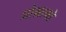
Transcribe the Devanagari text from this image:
प्रोग्रामो